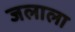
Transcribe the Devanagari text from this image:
जलाला